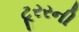
ટૂરરની